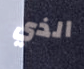
الذي